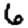
Digit: 6